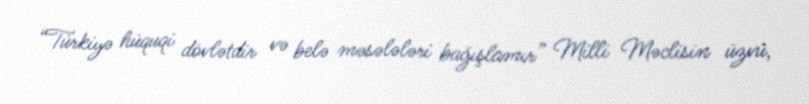
“Türkiyə hüquqi dövlətdir və belə məsələləri bağışlamır” Milli Məclisin üzvü,